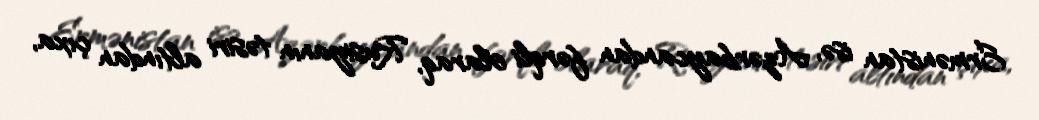
Ermənistan isə, Azərbaycandan fərqli olaraq, Rusiyanın təsiri altından çıxa,